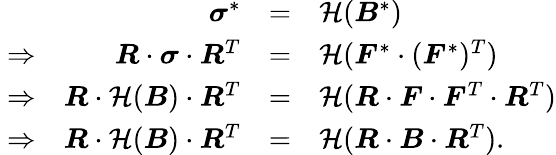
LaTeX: \ {\begin{array}{rrcl}&{{\boldsymbol{\sigma}}^{*}}&{=}&{{\mathcal{H}}({\boldsymbol{B}}^{*})}\\ {\Rightarrow}&{{\boldsymbol{R}}\cdot{\boldsymbol{\sigma}}\cdot{\boldsymbol{R}}^{T}}&{=}&{{\mathcal{H}}({\boldsymbol{F}}^{*}\cdot({\boldsymbol{F}}^{*})^{T})}\\ {\Rightarrow}&{{\boldsymbol{R}}\cdot{\mathcal{H}}({\boldsymbol{B}})\cdot{\boldsymbol{R}}^{T}}&{=}&{{\mathcal{H}}({\boldsymbol{R}}\cdot{\boldsymbol{F}}\cdot{\boldsymbol{F}}^{T}\cdot{\boldsymbol{R}}^{T})}\\ {\Rightarrow}&{{\boldsymbol{R}}\cdot{\mathcal{H}}({\boldsymbol{B}})\cdot{\boldsymbol{R}}^{T}}&{=}&{{\mathcal{H}}({\boldsymbol{R}}\cdot{\boldsymbol{B}}\cdot{\boldsymbol{R}}^{T}).}\end{array}}